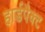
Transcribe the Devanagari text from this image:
हार्डपैक्ट